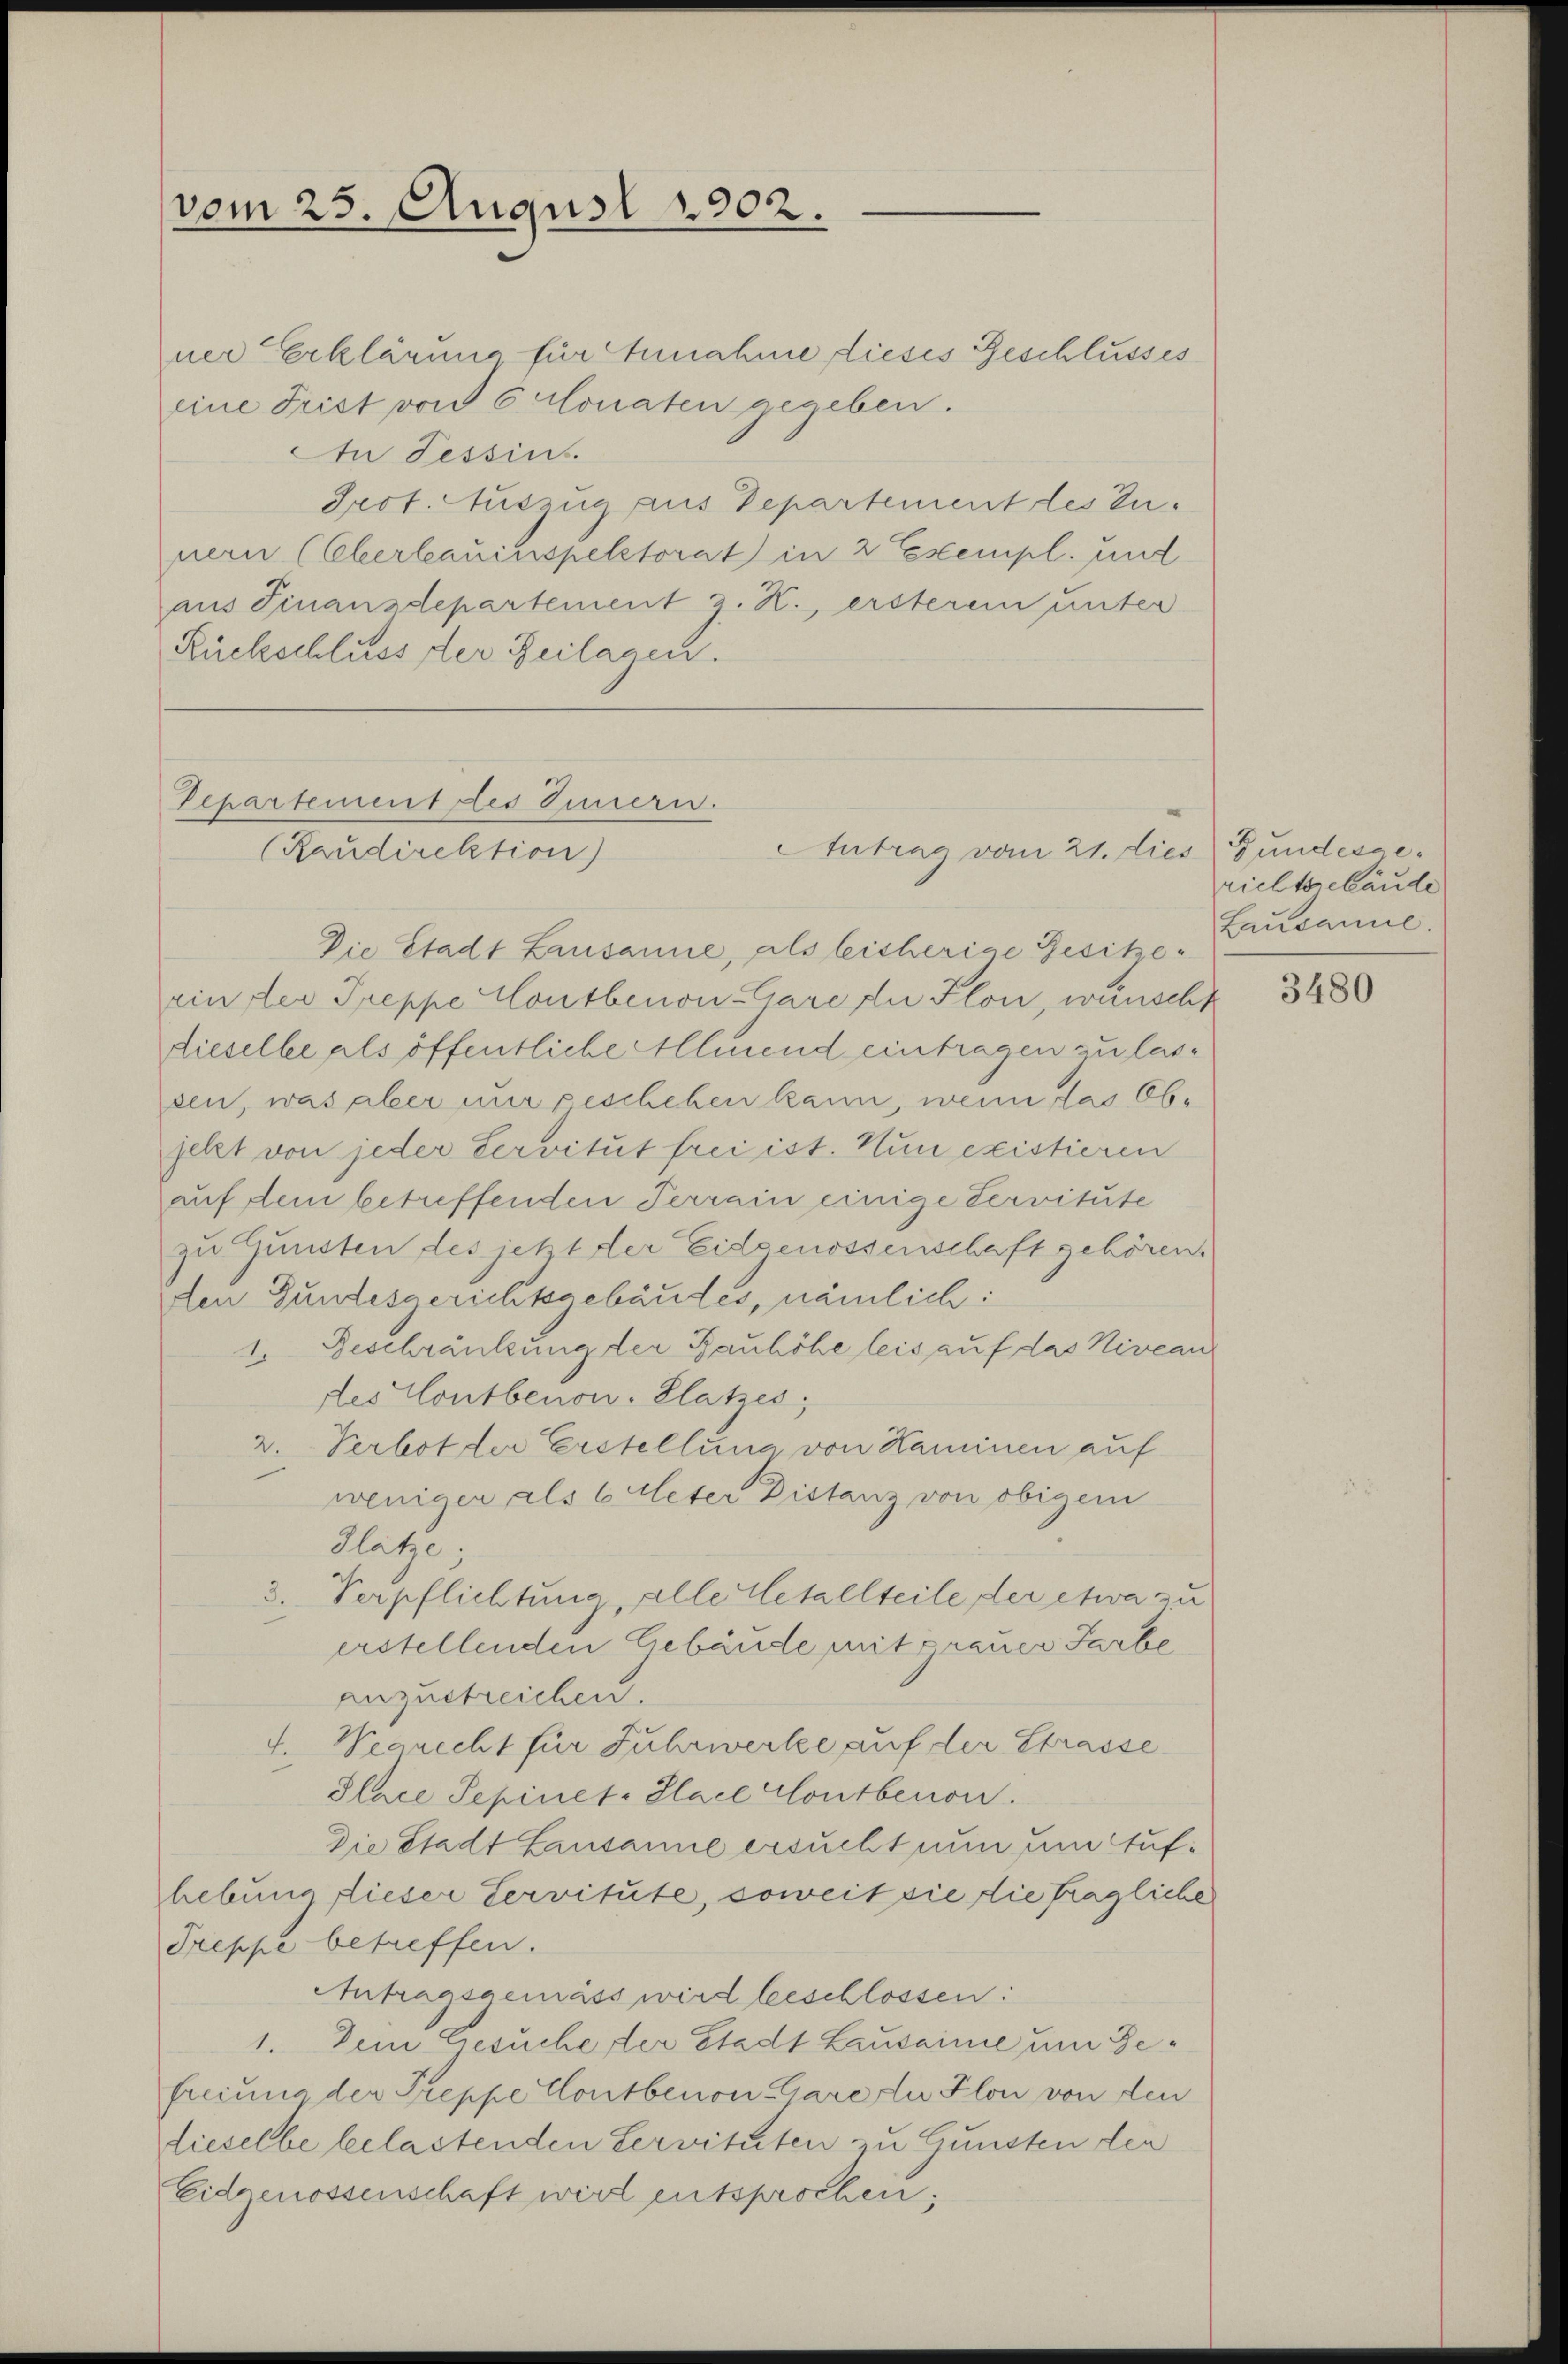
vom 25. August 1902.

ner Erklärung für Annahme dieses Geschlusses
eine Frist von 6 Monaten gegeben.
An Tessin.
Jrot. Auszug aus Departement des Zunern (Eberlauinspelstorat in 2 Exempl. und
aus Finanzdepartement z. K. ersterem unter
Rückschluss der Zeilagen.

Departement des Innern.
Antrag vom 21. dies Gundesse¬
(Raudirektion)

Die Stadt Lausanne, als bisherige Besitzerinster Treppe Hloutbenon-Gare zu Flon, wünscht
dieselbe als öffentliche Allmend eintragen zu lassen, was aber nur geschehen kann, wenn das Objetzt von jeder Servitut frei ist. Nun existieren
auf dem betreffenden Terrain einige Servitute
zu Gunsten des jetzt der Eidgenossenschaft gehören.
den Gundesgerichtsgebäudes, nämlich:
1. Beschränkung der Bauhöhe leis auf das Niveau
des Contbenow-Platzes,
2. Verbot der Erstellung von Kaminen auf
weniger als 6 Meter Distanz von obigem
Plätze:
3. Verpflichtung, alle Metallteile der etwa zu
erstellenden Gebäude mit grauer Farbe
anzustreichen.
f. Wegrecht für Fuhrwerke auf der Strasse
Place Sepinet-Sace Coutberon.
Die Stadt Lausanne ersucht nun um Aufhebung dieser Servitute, soweit sie die fragliche
Treppe betreffen.
Antragsgemäss wird beschlossen:
1. Dem Gesuche der Stadt Lausainie um Befreiung der Treppe Coutberon Gare zu Flon von den
dieselbe belastenden Servituten zu Gunsten den
Eidgenossenschaft wird entsprochen;

richtschände
Lausanne.

3480